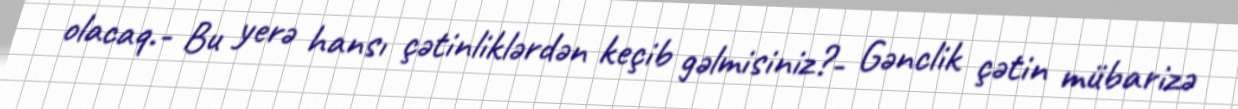
olacaq.- Bu yerə hansı çətinliklərdən keçib gəlmisiniz?- Gənclik çətin mübarizə